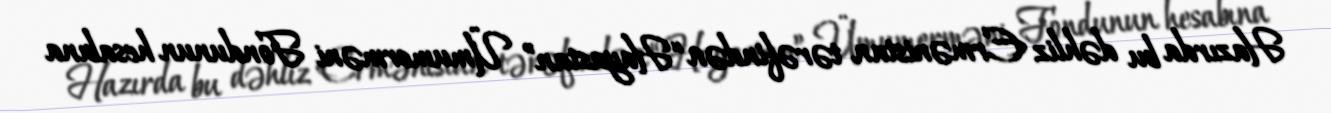
Hazırda bu dəhliz Ermənistan tərəfindən “Hayastan” Ümumerməni Fondunun hesabına